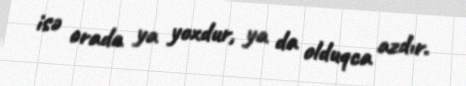
isə orada ya yoxdur, ya da olduqca azdır.